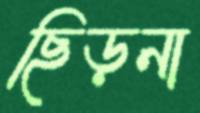
ছিড়না